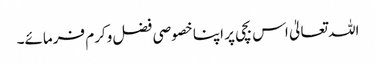
اللہ تعالیٰ اس بچی پر اپنا خصوصی فضل وکرم فرمائے۔